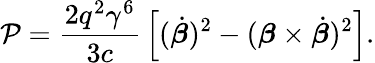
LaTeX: \mathcal{P}={\frac{{2q^{2}\gamma^{6}}}{{3c}}}\left[({\dot{{\boldsymbol{\beta}}}})^{2}-({\boldsymbol{\beta}}\times{\dot{{\boldsymbol{\beta}}}})^{2}\right].